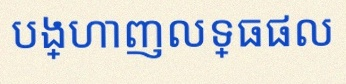
បង្ហាញលទ្ធផល